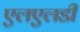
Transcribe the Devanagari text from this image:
एलएलडी